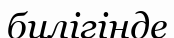
билігінде